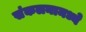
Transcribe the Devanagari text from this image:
संकलनामध्ये